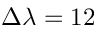
\Delta \lambda = 1 2